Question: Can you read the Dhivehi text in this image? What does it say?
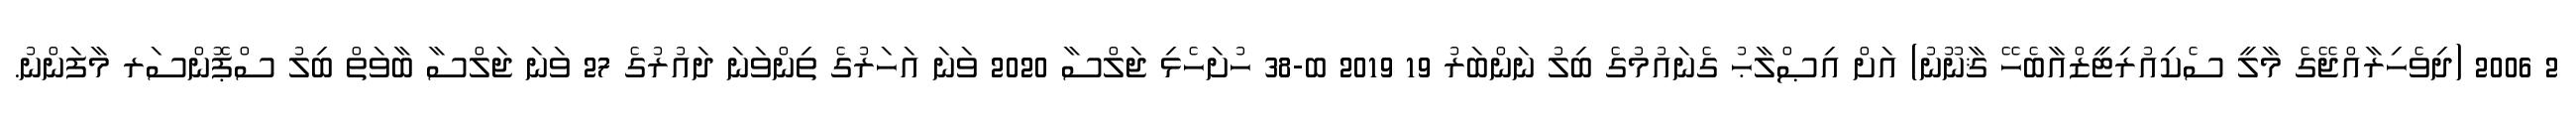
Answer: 2 2006 (ދިވެހިރާއްޖޭގެ މާލީ ސެކިއުރިޓީޒްއާބެހޭ ޤާނޫނު) އަށް އިޞްލާޙު ގެނައުމުގެ ބިލު ނަންބަރު 19 2019 ބ-38 ހުށަހެޅި ޖަލްސާ 2020 ވަނަ އަހަރުގެ ތިންވަނަ ދައުރުގެ 27 ވަނަ ޖަލްސާ ބާވަތް ބިލު ސްޕޮންސަރ މާފަންނު.